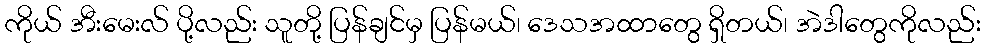
ကိုယ် အီးမေးလ် ပို့လည်း သူတို့ ပြန်ချင်မှ ပြန်မယ်၊ ဒေသအထာတွေ ရှိတယ်၊ အဲဒါတွေကိုလည်း